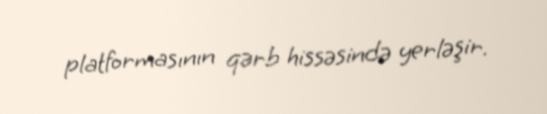
platformasının qərb hissəsində yerləşir.